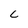
Character: C